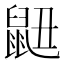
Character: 𮮬